Report on sanitation, dispensaries, and jails in Rajputana for 1920, and on vaccination for the year 1920-1921 - 1920-1921
Year: 1920
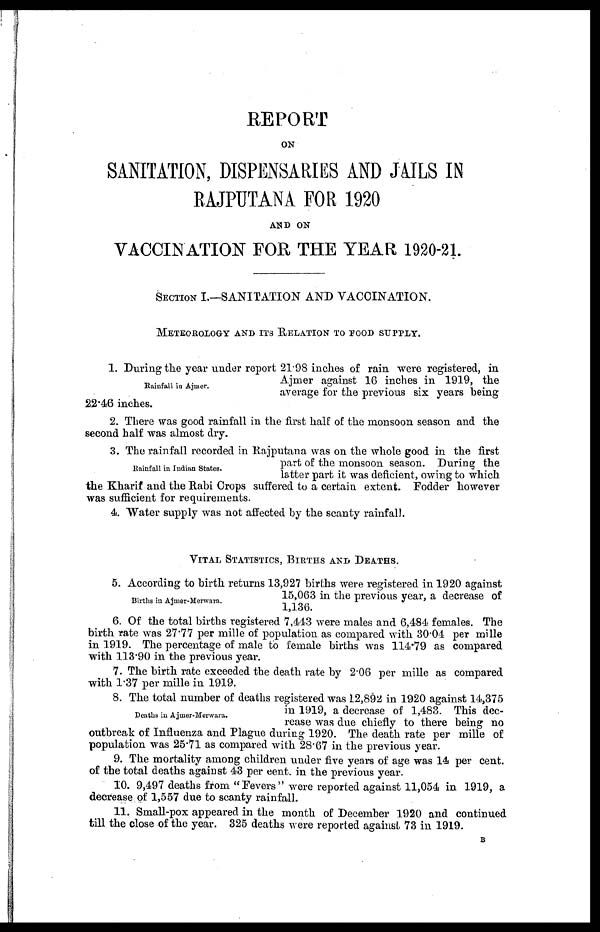
REPORT
ON
SANITATION, DISPENSARIES AND JAILS IN
RAJPUTANA FOR 1920
AND ON
VACCINATION FOR THE YEAR 1920-21.
SECTION I.—SANITATION AND VACCINATION.
METEOROLOGY AND ITS RELATION TO FOOD SUPPLY.
Rainfall in Ajmer.
1. During the year under report 21.98 inches of rain were registered, in
Ajmer against 16 inches in 1919, the
average for the previous six years being
22.46 inches.
2. There was good rainfall in the first half of the monsoon season and the
second half was almost dry.
Rainfall in Indian States.
3. The rainfall recorded in Rajputana was on the whole good in the first
part of the monsoon season. During the
latter part it was deficient, owing to which
the Kharif and the Rabi Crops suffered to a certain extent. Fodder however
was sufficient for requirements.
4. Water supply was not affected by the scanty rainfall.
VITAL STATISTICS, BIRTHS AND DEATHS.
Births in Ajmer-Merwara.
5. According to birth returns 13,927 births were registered in 1920 against
15,063 in the previous year, a decrease of
1,136.
6. Of the total births registered 7,443 were males and 6,484 females. The
birth rate was 27.77 per mille of population as compared with 30.04 per mille
in 1919. The percentage of male to female births was 114.79 as compared
with 113.90 in the previous year.
7. The birth rate exceeded the death rate by 2.06 per mille as compared
with 1.37 per mille in 1919.
Deaths in Ajmer-Merwara.
8. The total number of deaths registered was 12,892 in 1920 against 14,375
in 1919, a decrease of 1,483. This dec-
rease was due chiefly to there being no
outbreak of Influenza and Plague during 1920. The death rate per mille of
population was 25.71 as compared with 28.67 in the previous year.
9. The mortality among children under five years of age was 14 per cent.
of the total deaths against 43 per cent. in the previous year.
10. 9,497 deaths from "Fevers" were reported against 11,054 in 1919, a
decrease of 1,557 due to scanty rainfall.
11. Small-pox appeared in the month of December 1920 and continued
till the close of the year. 325 deaths were reported against 73 in 1919.
B